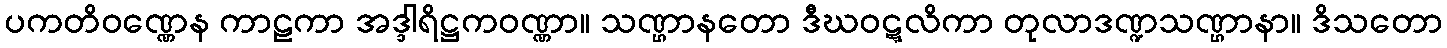
ပကတိဝဏ္ဏေန ကာဠကာ အဒ္ဒါရိဋ္ဌကဝဏ္ဏာ။ သဏ္ဌာနတော ဒီဃဝဋ္ဋလိကာ တုလာဒဏ္ဍသဏ္ဌာနာ။ ဒိသတော